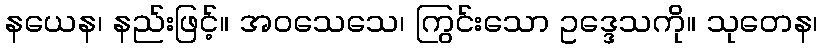
နယေန၊ နည်းဖြင့်။ အဝသေသေ၊ ကြွင်းသော ဥဒ္ဒေသကို။ သုတေန၊